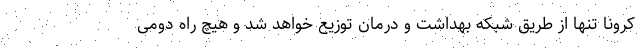
کرونا تنها از طریق شبکه بهداشت و درمان توزیع خواهد شد و هیچ راه دومی